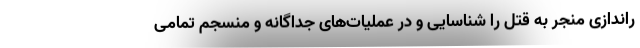
راندازی منجر به قتل را شناسایی و در عملیات‌های جداگانه و منسجم تمامی